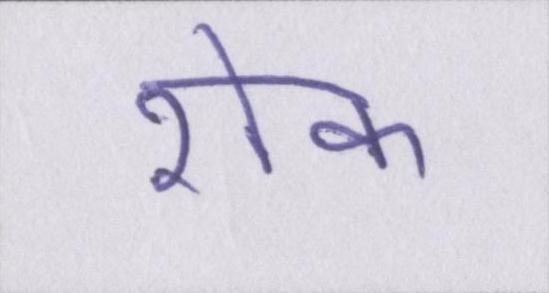
रोक